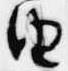
由